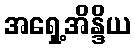
အရှေ့အိန္ဒိယ